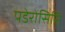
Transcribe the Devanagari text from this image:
पडेरोसिसि